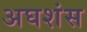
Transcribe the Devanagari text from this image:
अघशंस